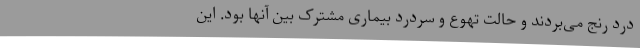
درد رنج می‌بردند و حالت تهوع و سردرد بیماری مشترک بین آنها بود. این